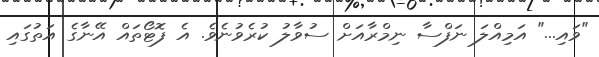
"ވައި..." އަމިއްލަ ނަފްސާ ނިމްރާއަށް ސުވާލު ކުރެވުނެވެ. އެ ފޮޓޯތައް އޭނާގެ އަތުގައި